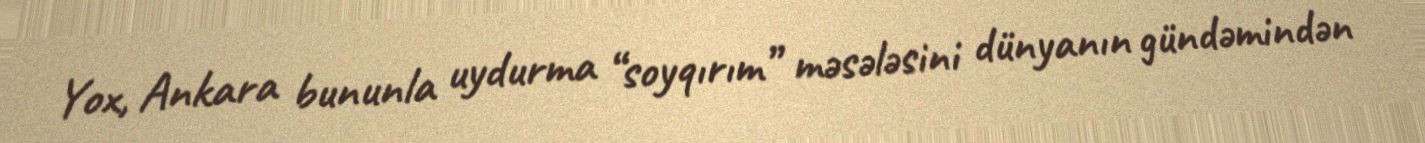
Yox, Ankara bununla uydurma “soyqırım” məsələsini dünyanın gündəmindən